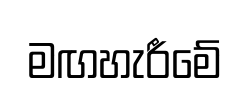
මඟහැරීමේ